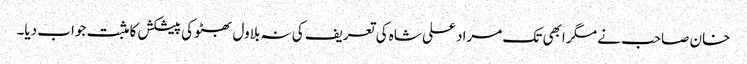
خان صاحب نے مگر ابھی تک مراد علی شاہ کی تعریف کی نہ بلاول بھٹو کی پیشکش کا مثبت جواب دیا۔